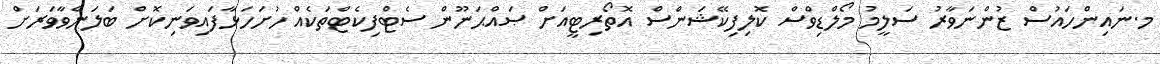
މ.ނައިންހައުސް ޒުންނަވާރު ސަލީމު މޯލްޑިވްސް ކޮލިފިކޭޝަންސް އޮތޯރިޓީއަށް ޞައްޙަނޫން ސެޓްފިކެޓްތަކެއް ހުށަހަޅާފައިވަނިކޮށް ބަލަންވާވަރަށް